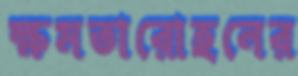
ক্ষমতারোহনের